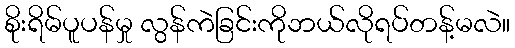
စိုးရိမ်ပူပန်မှု လွန်ကဲခြင်းကိုဘယ်လိုရပ်တန့်မလဲ။